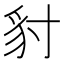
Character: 𧲣